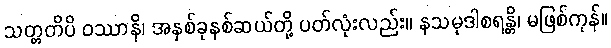
သတ္တတိပိ ဝဿာနိ၊ အနှစ်ခုနစ်ဆယ်တို့ ပတ်လုံးလည်း။ နသမုဒါစရန္တိ၊ မဖြစ်ကုန်။